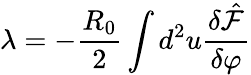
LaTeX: \lambda=-\frac{R_{0}}{2}\int d^{2}u\frac{\delta\hat{\mathcal F}}{\delta\varphi}